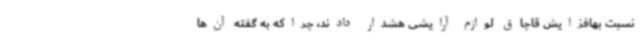
نسبت بهافزایش قاچاق لوازم آرایشی هشدار دادند، چراکه به گفته آن‌ها